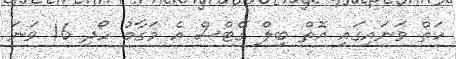
ހަތް ވަނައިގައި އޮތް ބިލް ގޭޓްސް އެ މަގާމު ހޯދި 16 ވަނަ